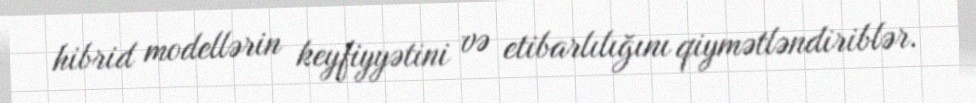
hibrid modellərin keyfiyyətini və etibarlılığını qiymətləndiriblər.